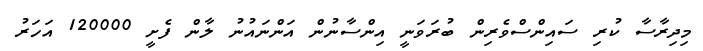
މިދިރާސާ ކުރި ސައިންސްވެރިން ބުރަވަނީ އިންސާނުން އަންނައުނު ލާން ފެށީ 120000 އަހަރު